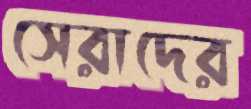
সেরাদের